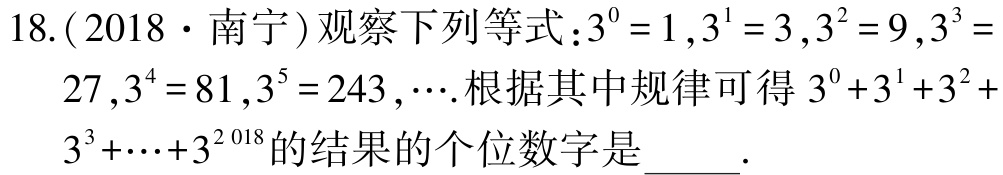
18.(2018·南宁)观察下列等式：\(3^{0}=1\)，\(3^{1}=3\)，\(3^{2}=9\)，\(3^{3}=27\)，\(3^{4}=81\)，\(3^{5}=243\)，\(\cdots\).根据其中规律可得\(3^{0}+3^{1}+3^{2}+3^{3}+\cdots +3^{2018}\)的结果的个位数字是_____.